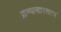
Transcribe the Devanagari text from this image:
प्राण्यासारखाच